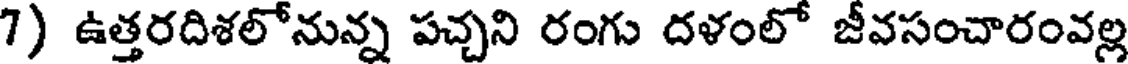
7) ఉత్తరదిశలోనున్న పచ్చని రంగు దళంలో జీవసంచారంవల్ల